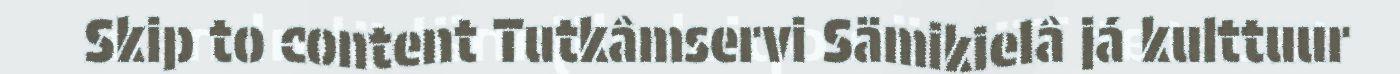
Skip to content Tutkâmservi Sämikielâ já kulttuur